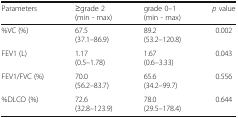
<table><thead><tr><td><b>Parameters</b></td><td><b>≥grade 2(min - max)</b></td><td><b>grade 0–1(min - max)</b></td><td><b><i>p</i> value</b></td></tr></thead><tbody><tr><td>%VC (%)</td><td>67.5(37.1–86.9)</td><td>89.2(53.2–120.8)</td><td>0.002</td></tr><tr><td>FEV1 (L)</td><td>1.17(0.5–1.78)</td><td>1.67(0.6–3.33)</td><td>0.043</td></tr><tr><td>FEV1/FVC (%)</td><td>70.0(56.2–83.7)</td><td>65.6(34.2–99.7)</td><td>0.556</td></tr><tr><td>%DLCO (%)</td><td>72.6(32.8–123.9)</td><td>78.0(29.5–178.4)</td><td>0.644</td></tr></tbody></table>